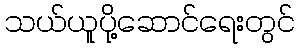
သယ်ယူပို့ဆောင်ရေးတွင်